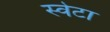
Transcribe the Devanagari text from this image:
स्वेटा